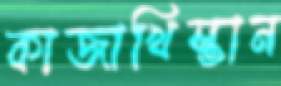
কাজাখিস্তান